Leaving Certificate Examination (including Day School Certificate (Higher) General paper), 1927
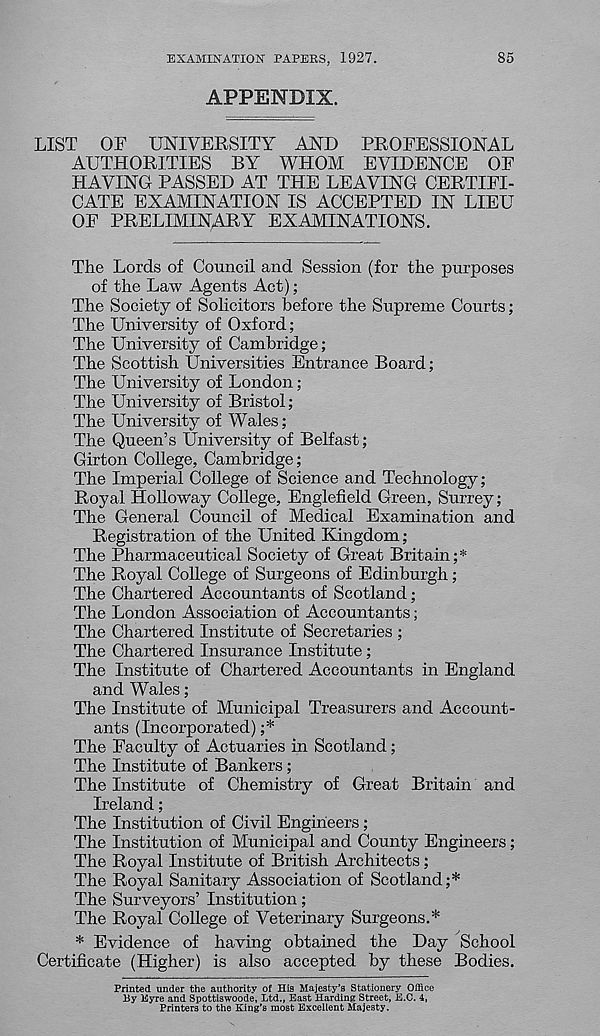
EXAMINATION PAPERS, 1927.
85
APPENDIX.
LIST OF UNIVERSITY AND PROFESSIONAL
AUTHORITIES BY WHOM EVIDENCE OF
HAVING PASSED AT THE LEAVING CERTIFI-
CATE EXAMINATION IS ACCEPTED IN LIEU
OF PRELIMINARY EXAMINATIONS.
The Lords of Council and Session (for the purposes
of the Law Agents Act);
The Society of Solicitors before the Supreme Courts;
The University of Oxford;
The University of Cambridge;
The Scottish Universities Entrance Board;
The University of London;
The University of Bristol;
The University of Wales;
The Queen’s University of Belfast;
Girton College, Cambridge;
The Imperial College of Science and Technology;
Royal Holloway College, Englefield Green, Surrey;
The General Council of Medical Examination and
Registration of the United Kingdom;
The Pharmaceutical Society of Great Britain;*
The Royal College of Surgeons of Edinburgh;
The Chartered Accountants of Scotland;
The London Association of Accountants;
The Chartered Institute of Secretaries ;
The Chartered Insurance Institute;
The Institute of Chartered Accountants in England
and Wales;
The Institute of Municipal Treasurers and Account-
ants (Incorporated);*
The Faculty of Actuaries in Scotland;
The Institute of Bankers ;
The Institute of Chemistry of Great Britain and
Ireland;
The Institution of Civil Engineers ;
The Institution of Municipal and County Engineers;
The Royal Institute of British Architects;
The Royal Sanitary Association of Scotland;*
The Surveyors’ Institution;
The Royal College of Veterinary Surgeons.*
* Evidence of having obtained the Day School
Certificate (Higher) is also accepted by these Bodies.
Printed under the authority of His Majesty’s Stationery Office
By Eyre and Spottiswoode, Ltd., East Harding Street, E.C. 4,
Printers to the King’s most Excellent Majesty.